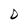
Character: D